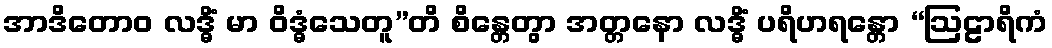
အာဒိတောဝ လဒ္ဓိံ မာ ဝိဒ္ဓံသေတူ”တိ စိန္တေတွာ အတ္တနော လဒ္ဓိံ ပရိဟရန္တော “ဩဠာရိကံ